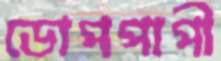
ডোপপাপী